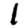
Digit: 1